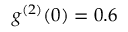
g ^ { ( 2 ) } ( 0 ) = 0 . 6